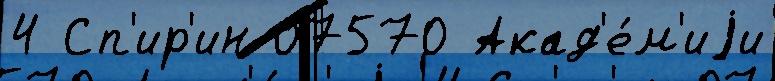
4 Сп'ир'ин 07570 Акад'е́м'иjи